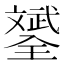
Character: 𣁦